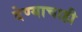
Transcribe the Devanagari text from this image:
देण्याचाही